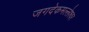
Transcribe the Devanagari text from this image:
जगदेकमल्लेश्वर